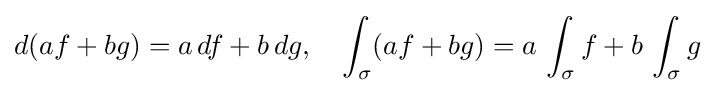
d(af+bg)=a\,df+b\,dg,\quad \int _{\sigma }(af+bg)=a\,\int _{\sigma }f+b\,\int _{\sigma }g